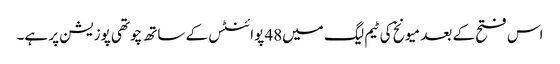
اس فتح کے بعد میونخ کی ٹیم لیگ میں48 پوائنٹس کے ساتھ چوتھی پوزیشن پر ہے۔